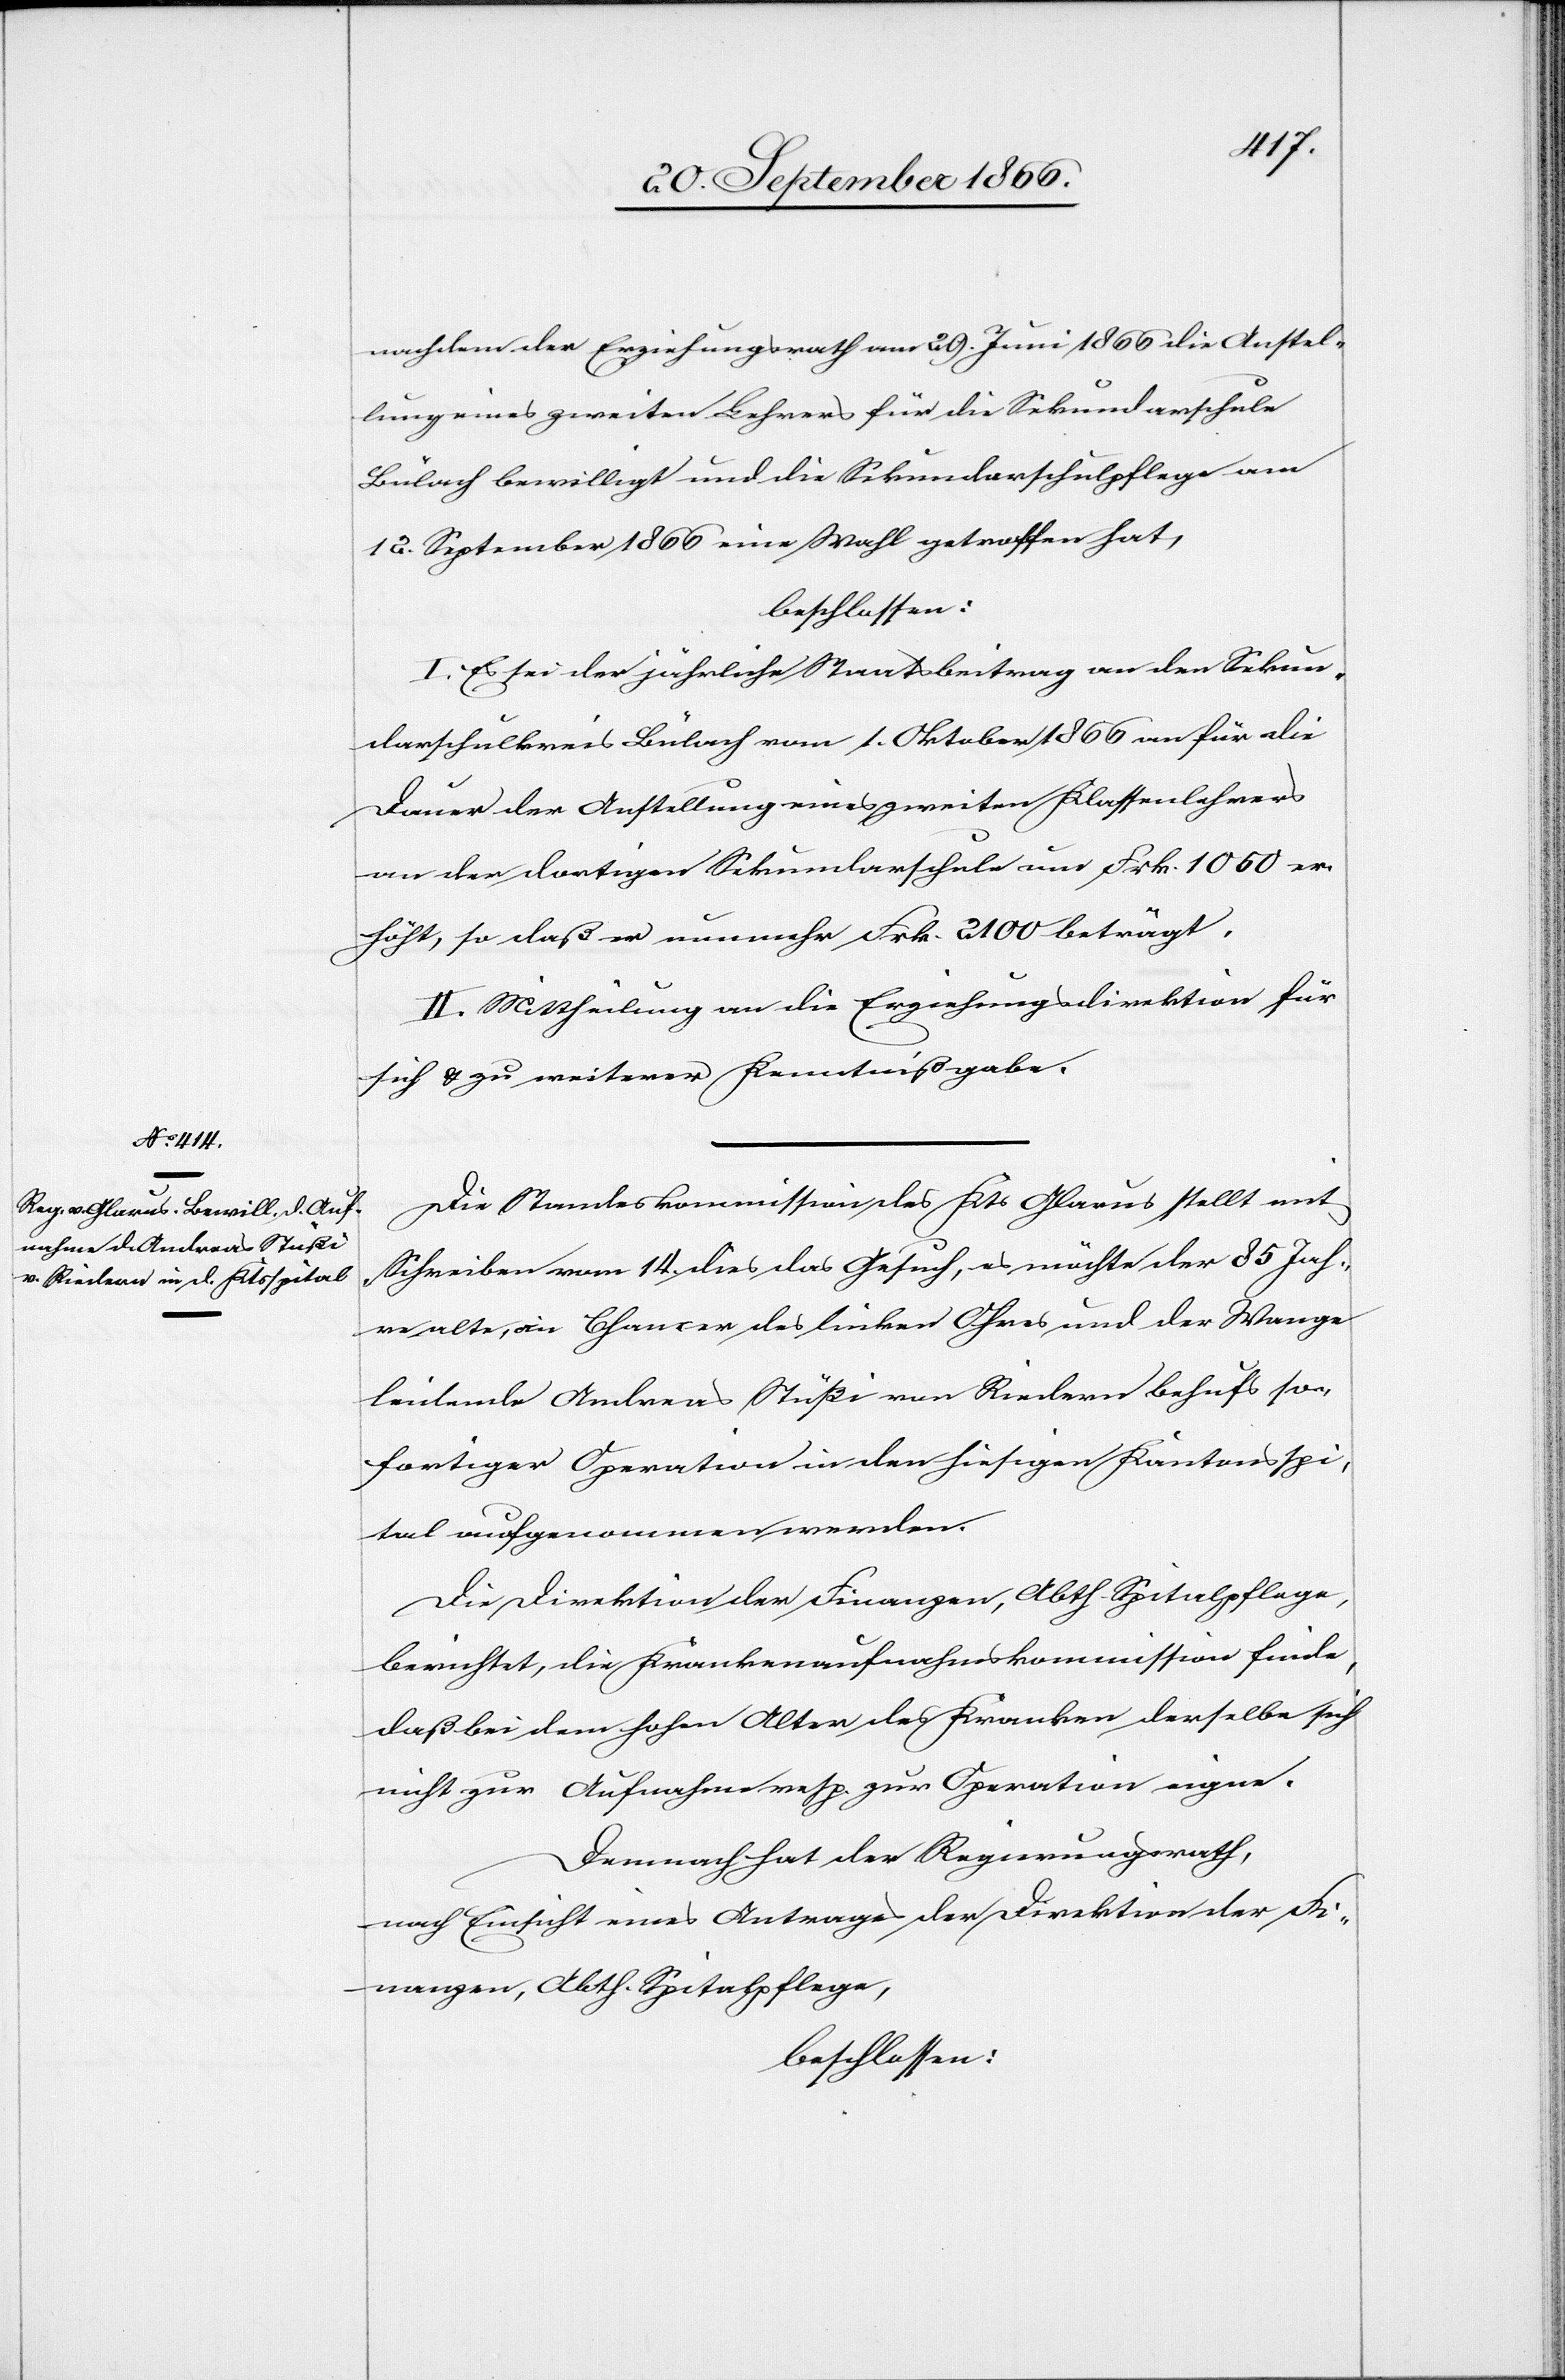
nachdem der Erziehungsrath am 29. Juni 1866 die Anstel¬
lung eines zweiten Lehrers für die Sekundarschule
Bülach bewilligt und die Sekundarschulpflege am
12. September 1866 eine Wahl getroffen hat,
beschlossen:
I. Es sei der jährliche Staatsbeitrag an den Sekun¬
darschulkreis Bülach vom 1. Oktober 1866 an für die
Dauer der Anstellung eines zweiten Klassenlehrers
an der dortigen Sekundarschule um Frk. 1050 er¬
höht, so daß er nunmehr Frk. 2100 beträgt.
II. Mittheilung an die Erziehungsdirektion für
sich u. zu weiterer Kenntnißgabe.
Die Standeskommission des Kts Glarus stellt mit
Schreiben vom 14. dies das Gesuch, es möchte der 85 Jah¬
re alte, an Chancer des linken Ohres und der Wange
leidende Andreas Stüß von Rieden behufs so¬
fortiger Operation in den hiesigen Kantonsspi¬
tal aufgenommen werden.
Die Direktion der Finanzen, Abth. Spitalpflege,
berichtet, die Krankenaufnahmskommission finde,
daß bei dem hohen Alter des Kranken derselbe sich
nicht zur Aufnahme resp. zur Operation eigne.
Demnach hat der Regierungsrath,
nach Einsicht eines Antrages der Direktion der Fi¬
nanzen, Abth. Spitalpflege,
beschlossen: